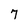
Character: 7